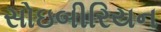
સોઇબીરિયન